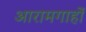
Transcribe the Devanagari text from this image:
आरामगाहों